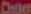
Chatten